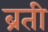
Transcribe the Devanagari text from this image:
ब्रती